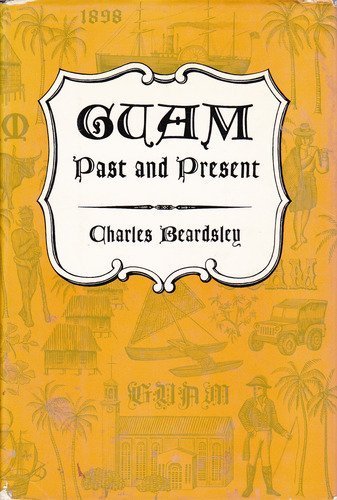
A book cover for Guam Past and Present; Charles Beardsley; Travel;